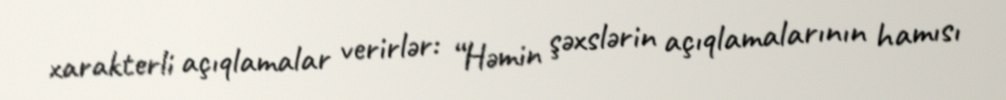
xarakterli açıqlamalar verirlər: “Həmin şəxslərin açıqlamalarının hamısı